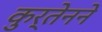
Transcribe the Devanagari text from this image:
कुर्तेनने